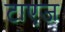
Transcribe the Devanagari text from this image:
टाएज